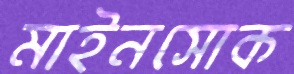
মাইনসোক